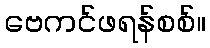
ဗေကင်ဖရန်စစ်။